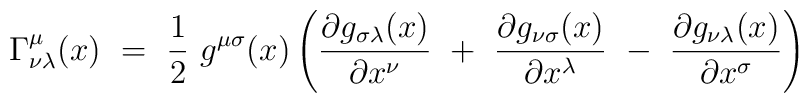
\Gamma_{\nu\lambda}^\mu (x) \ = \ \frac 1 2 \ g^{\mu\sigma} (x) \left( \frac{\partial g_{\sigma\lambda}(x)}{\partial x^\nu} \ + \  \frac{\partial g_{\nu\sigma}(x)}{\partial x^\lambda} \ - \    \frac{\partial g_{\nu\lambda}(x)}{\partial x^\sigma}\right)